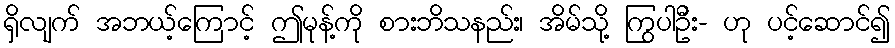
ရှိလျက် အဘယ့်ကြောင့် ဤမုန့်ကို စားဘိသနည်း၊ အိမ်သို့ ကြွပါဦး- ဟု ပင့်ဆောင်၍